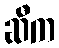
ဆီက